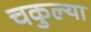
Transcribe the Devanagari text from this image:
चकुल्या